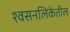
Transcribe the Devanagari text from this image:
श्वसनलिकेतील